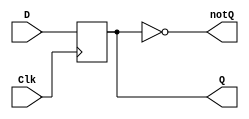
`timescale 1ns / 1ps
////////////////////////////////////////////////////////////////
// Module Name: d_flip_flop_behavioral
// Author Name: Joseph Martinsen
//
////////////////////////////////////////////////////////////////
module d_flip_flop_behavioral(
		// Declare wires
		output reg Q,
		output wire notQ,
		input wire D,
		input wire Clk
    );

	// Logic for Positive Edge of Clock
	always@(posedge Clk)
		Q <= D;

	// Catch all Case
	assign notQ = ~Q;
endmodule